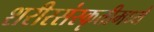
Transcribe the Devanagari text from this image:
शरीरसंस्कृतीमध्ये